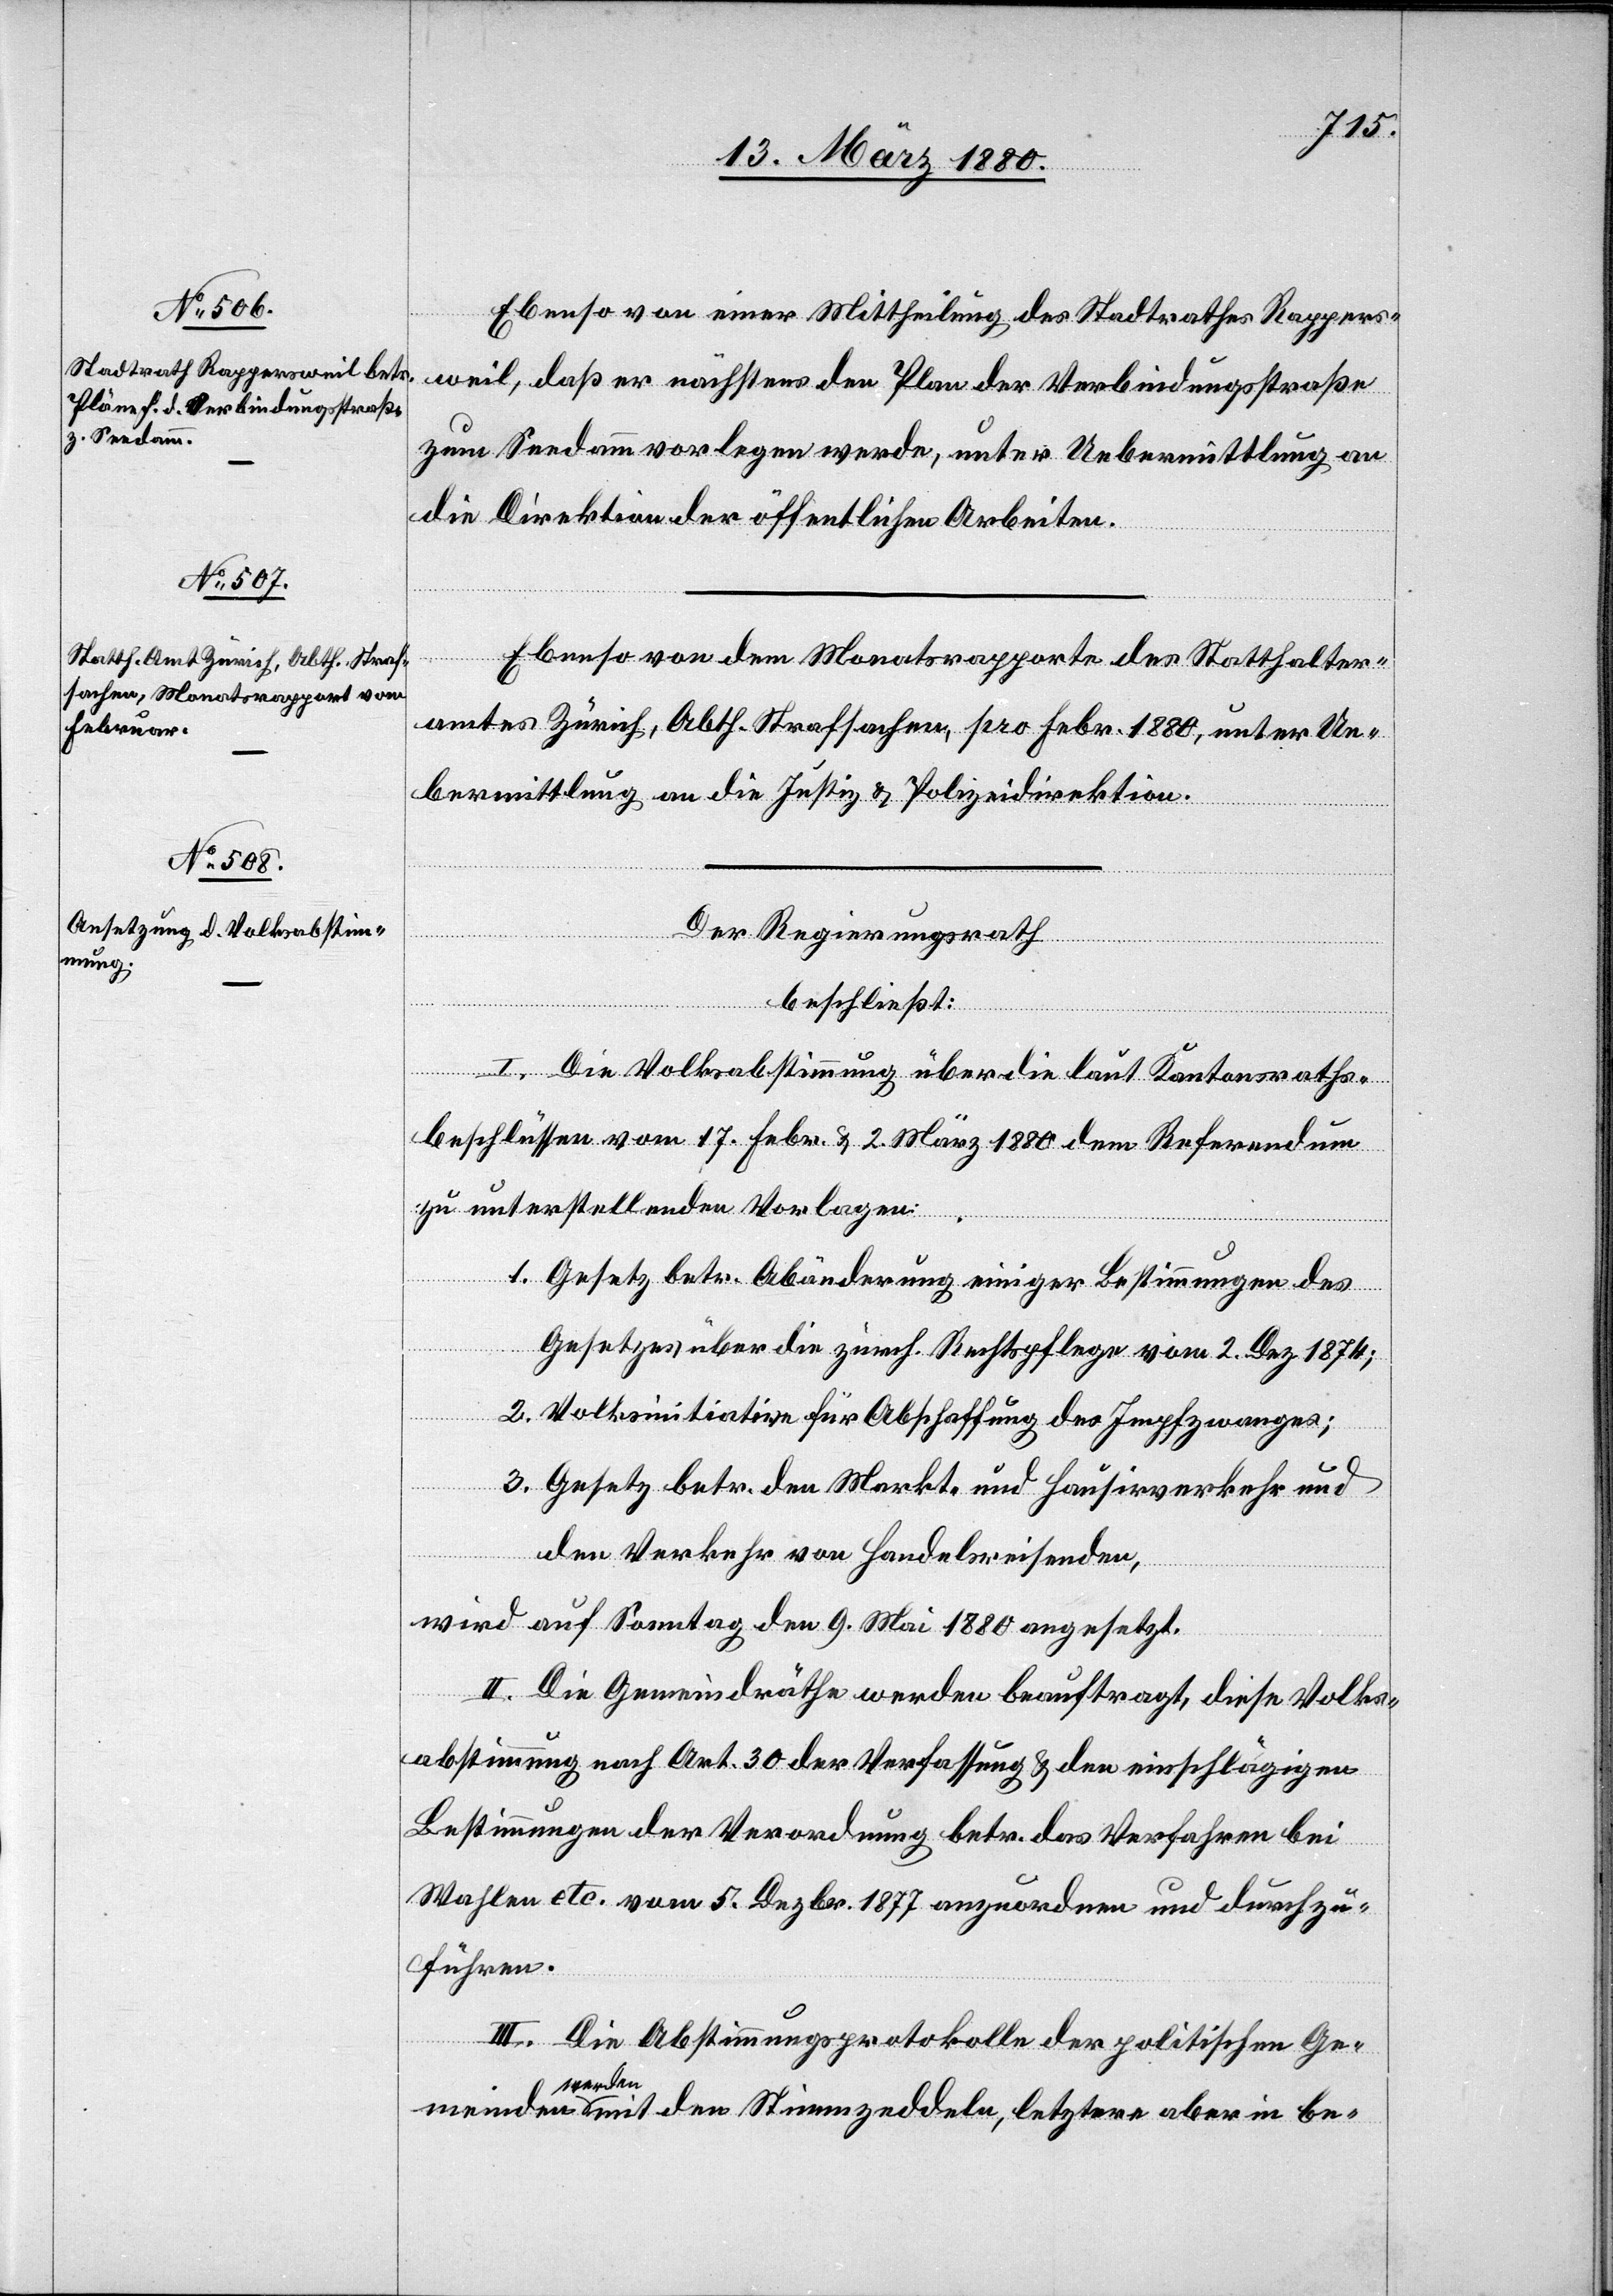
a-w¬
Ebenso von einer Mittheilung des Stadtrathes Rappers¬
weil, daß er nächstens den Plan der Verbindungsstraße
zum Seedamm vorlegen werde, unter Uebermittlung an
die Direktion der öffentlichen Arbeiten.
Ebenso von dem Monatsrapporte des Statthalter¬
amtes Zürich, Abth. Strafsachen, pro Febr. 1880, unter Ue¬
bermittlung an die Justiz- & Polizeidirektion.
Der Regierungsrath,
beschließt:
I. Die Volksabstimmung über die laut Kantonsraths¬
beschlüssen vom 17. Febr. & 2. März 1880 dem Referendum
zu unterstellenden Vorlagen:
1. Gesetz betr. Abänderung einiger Bestimmungen des
Gesetzes über die zürch. Rechtspflege vom 2. Dez. 1874;
2. Volksinitiative für Abschaffung des Impfzwanges;
3. Gesetz betr. den Markt- und Hausirverkehr und
den Verkehr von Handelsreisenden.
wird auf Sonntag den 9. Mai 1880 angesetzt.
II. Die Gemeindräthe werden beauftragt, diese Volk¬
abstimmung nach Art. 30 der Verfassung & den einschlägigen
Bestimmungen der Verordnung betr. das Verfahren bei
Wahlen etc. vom 5. Dezbr. 1877 anzuordnen und durchzu¬
führen.
III. Die Abstimmungsprotokolle der politischen Ge¬
meinden
erden-a mit den Stimmzeddeln, letztere aber in be-